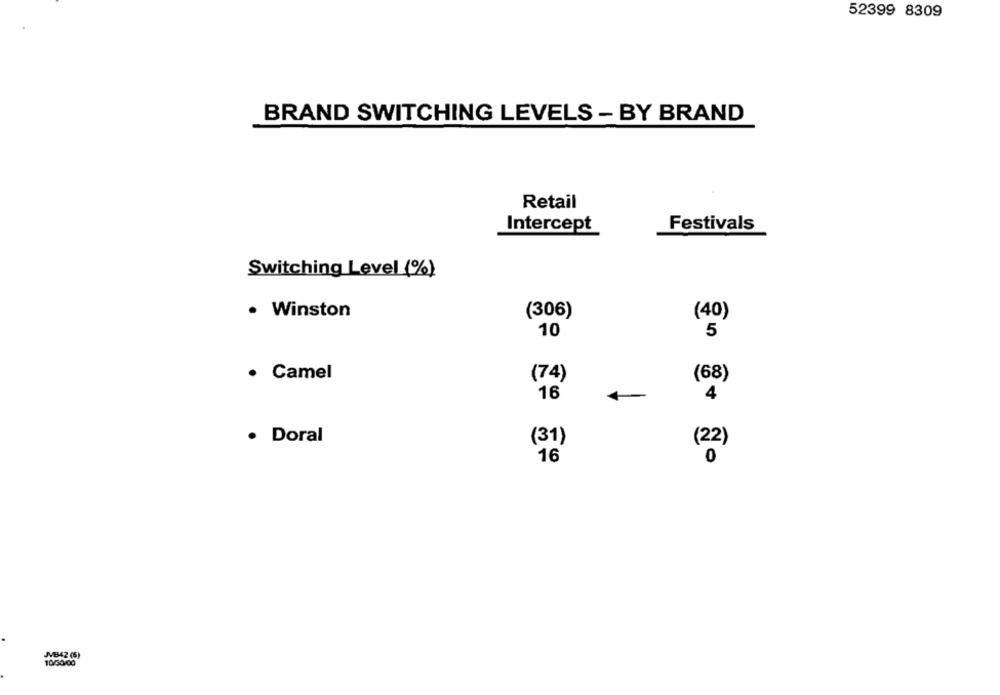
52399 8309
BRAND SWITCHING LEVELS - BY BRAND
Retail
Intercept
Festivals
Switching Level (%)
· Winston
(306)
(40)
10
5
· Camel
(74)
(68)
16
4
· Doral
(31)
(22)
16
JVB42 (6)
10/30/00